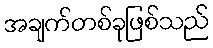
အချက်တစ်ခုဖြစ်သည်